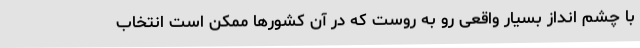
با چشم انداز بسیار واقعی رو به روست که در آن کشورها ممکن است انتخاب